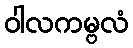
ဝါလကမ္ဗလံ